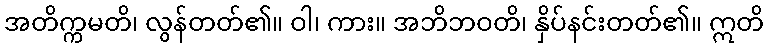
အတိက္ကမတိ၊ လွန်တတ်၏။ ဝါ၊ ကား။ အဘိဘဝတိ၊ နှိပ်နင်းတတ်၏။ ဣတိ